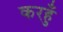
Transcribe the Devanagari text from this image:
करहुँ